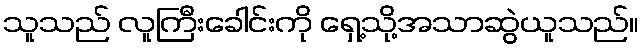
သူသည် လူကြီးခေါင်းကို ရှေ့သို့အသာဆွဲယူသည်။